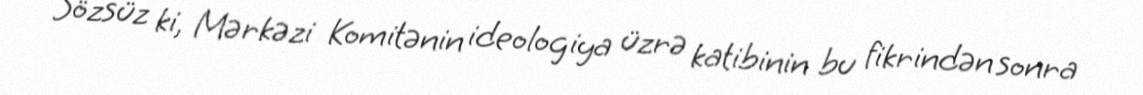
Sözsüz ki, Mərkəzi Komitənin ideologiya üzrə katibinin bu fikrindən sonra